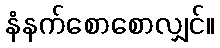
နံနက်စောစောလျှင်။